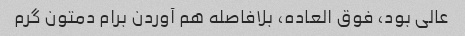
عالی بود، فوق العاده، بلافاصله هم آوردن برام دمتون گرم